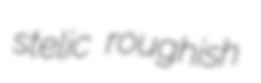
stelic roughish